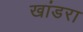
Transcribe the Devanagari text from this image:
खांडरा